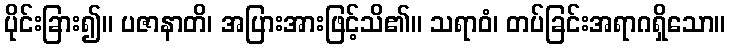
ပိုင်းခြား၍။ ပဇာနာတိ၊ အပြားအားဖြင့်သိ၏။ သရာဝံ၊ တပ်ခြင်းအရာဂရှိသော။